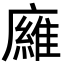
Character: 𢋘